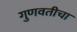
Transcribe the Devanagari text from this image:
गुणवतीचा